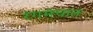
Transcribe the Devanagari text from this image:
रंगमंचात